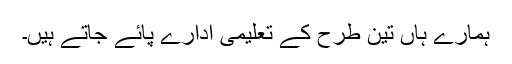
ہمارے ہاں تین طرح کے تعلیمی ادارے پائے جاتے ہیں۔